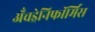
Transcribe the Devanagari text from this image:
अँचड्रेनिफॉर्मिस